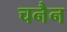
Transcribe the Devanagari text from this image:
चनैन